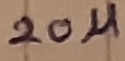
Text: 20µ